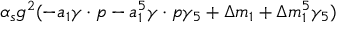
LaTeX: \alpha _ { s } g ^ { 2 } ( - a _ { 1 } \gamma \cdot p - a _ { 1 } ^ { 5 } \gamma \cdot p \gamma _ { 5 } + \Delta m _ { 1 } + \Delta m _ { 1 } ^ { 5 } \gamma _ { 5 } )